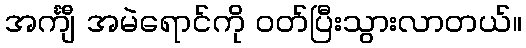
အင်္ကျီ အမဲရောင်ကို ဝတ်ပြီးသွားလာတယ်။